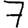
Digit: 7